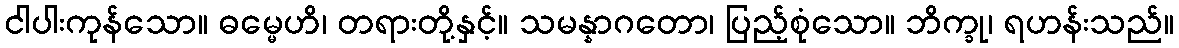
ငါပါးကုန်သော။ ဓမ္မေဟိ၊ တရားတို့နှင့်။ သမန္နာဂတော၊ ပြည့်စုံသော။ ဘိက္ခု၊ ရဟန်းသည်။